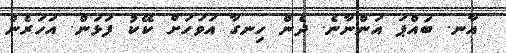
އާނ. ބައްޕަ އަންނާނެ. ދެން ހިނގާ އަވަހަށް ކޭކު ފަޅަން. އަހަރެން